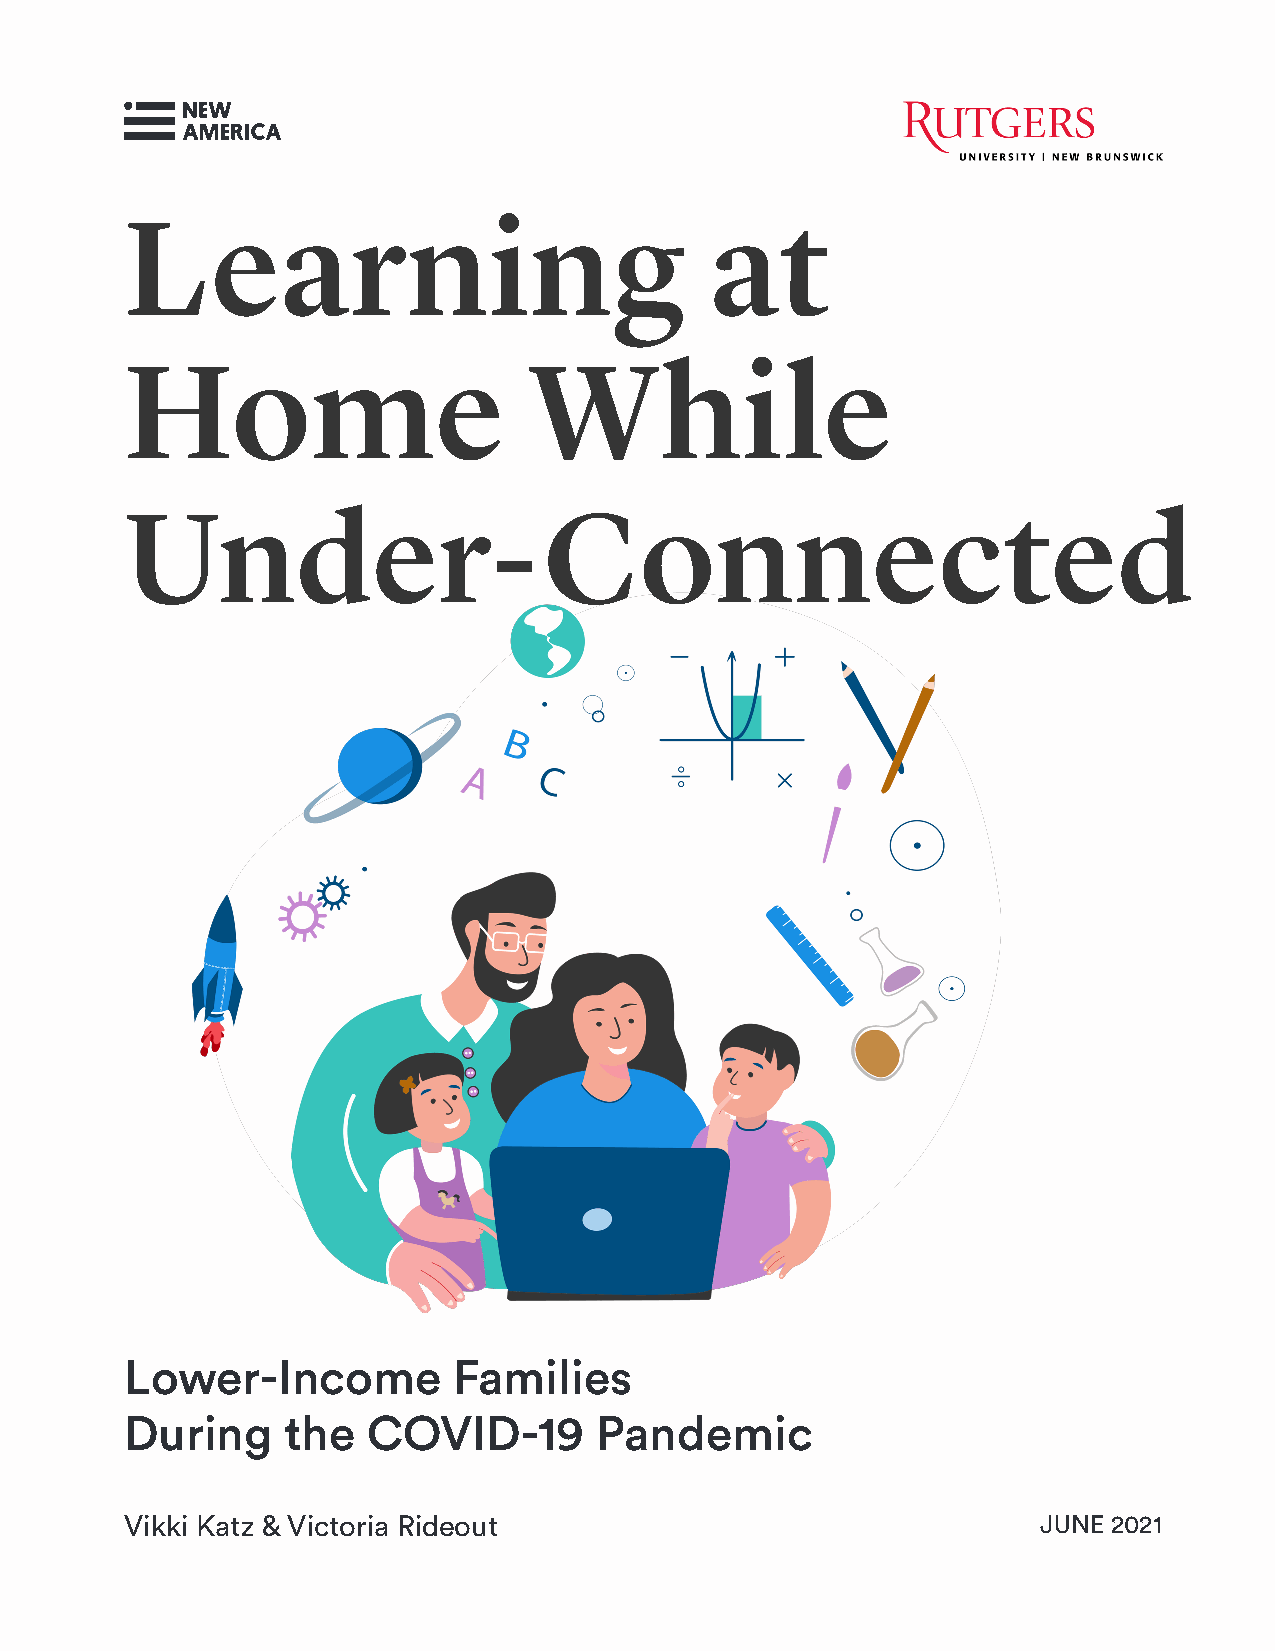
Learning                               at
 Home                       While
 Under-connected
 Lower-Income          Families
 During     the  COVID-19       Pandemic
 Vikki Katz & Victoria Rideout                                june 2021